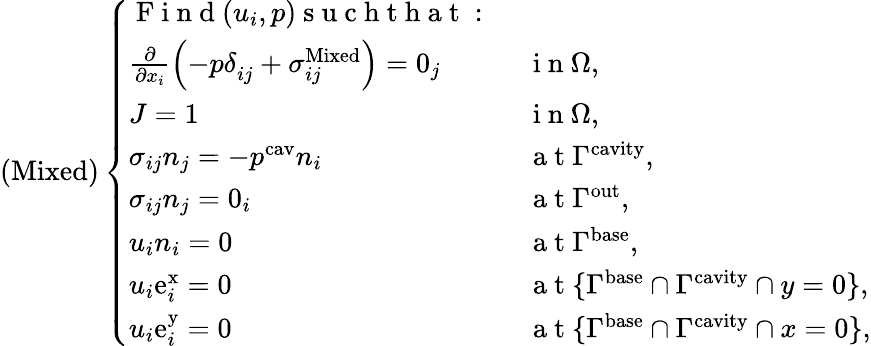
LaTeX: \left(\mathrm{Mixed}\right)\left\{ \begin{array}{ll}{\mathrm{~F~i~n~d~}(u_{i},p)\mathrm{~s~u~c~h~t~h~a~t~:~}}&{}\\ {\frac{\partial}{\partial x_{i}}\left(-p\delta_{ij}^{\phantom{}}+\sigma_{ij}^{\mathrm{Mixed}}\right)=0_{j}}&{\mathrm{~i~n~}\Omega,}\\ {J=1}&{\mathrm{~i~n~}\Omega,}\\ {\sigma_{ij}n_{j}=-p^{\mathrm{cav}}n_{i}}&{\mathrm{~a~t~}\Gamma^{\mathrm{cavity}},}\\ {\sigma_{ij}n_{j}=0_{i}}&{\mathrm{~a~t~}\Gamma^{\mathrm{out}},}\\ {u_{i}n_{i}=0}&{\mathrm{~a~t~}\Gamma^{\mathrm{base}},}\\ {u_{i}\mathrm{e}_{i}^{\mathrm{x}}=0}&{\mathrm{~a~t~}\{ \Gamma^{\mathrm{base}}\cap\Gamma^{\mathrm{cavity}}\cap y=0\} ,}\\ {u_{i}\mathrm{e}_{i}^{\mathrm{y}}=0}&{\mathrm{~a~t~}\{ \Gamma^{\mathrm{base}}\cap\Gamma^{\mathrm{cavity}}\cap x=0\} ,}\end{array}\right.